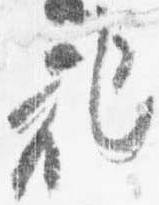
記